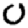
Digit: 0